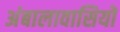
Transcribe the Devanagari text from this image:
अंबालावासियों